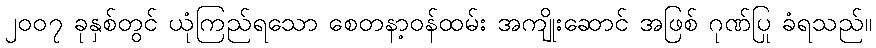
၂၀၀၇ ခုနှစ်တွင် ယုံကြည်ရသော စေတနာ့ဝန်ထမ်း အကျိုးဆောင် အဖြစ် ဂုဏ်ပြု ခံရသည်။